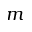
m